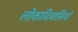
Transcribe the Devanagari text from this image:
लोकादिवासियो